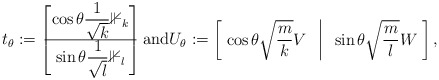
\begin{align*} t_\theta:= \begin{bmatrix} \cos\theta \dfrac{1}{\sqrt{k}} \mathbb{1}_k \\ \hline \sin \theta \dfrac{1}{\sqrt{l}}\mathbb{1}_l \end{bmatrix}\mbox{and} U_\theta:= \begin{bmatrix} \; \cos\theta \sqrt{\dfrac{m}{k}} V & \vline & \sin \theta \sqrt{\dfrac{m}{l}} W \; \end{bmatrix},\end{align*}